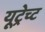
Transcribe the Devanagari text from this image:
यूट्रेच्ट